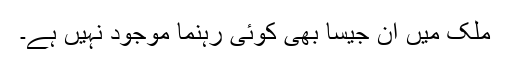
ملک میں ان جیسا بھی کوئی رہنما موجود نہیں ہے۔